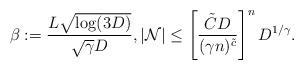
LaTeX: \begin{align*} \beta := \frac{L \sqrt{\log (3D)} }{ \sqrt{\gamma} D}, |\mathcal{N}| \leq \left[ \frac{ \tilde{C} D }{ (\gamma n)^{\tilde{c}} }\right]^n D^{1/\gamma}. \end{align*}